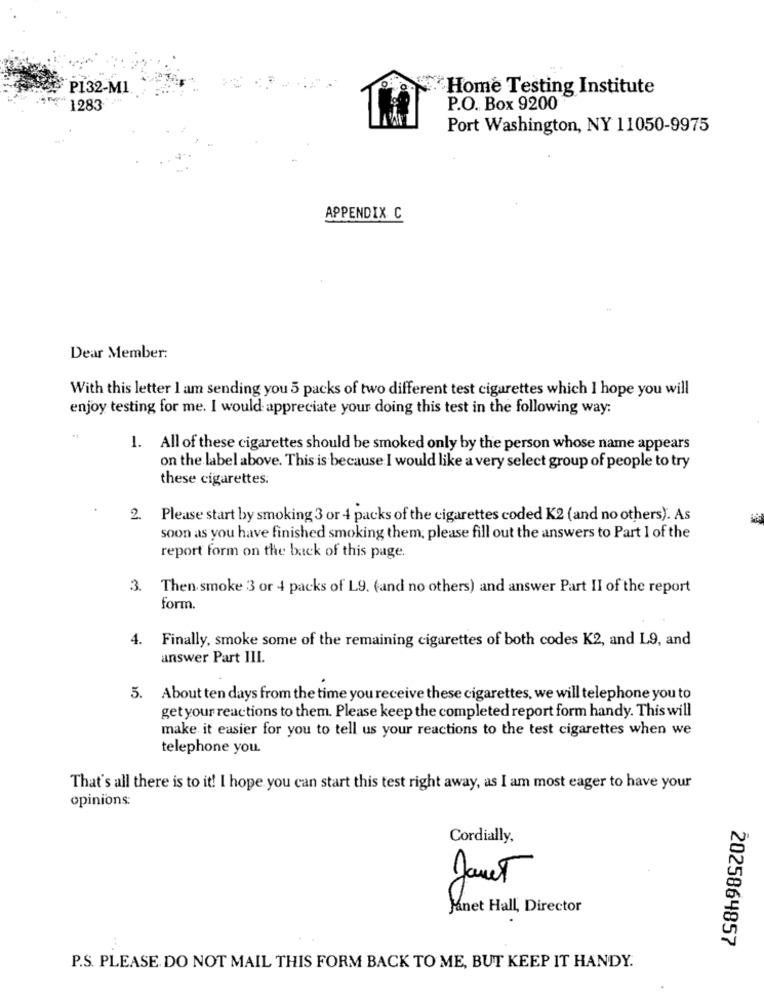
P132-M1
Home Testing Institute
1283
P.O. Box 9200
Port Washington, NY 11050-9975
APPENDIX C
Dear Member:
With this letter I am sending you 5 packs of two different test cigarettes which I hope you will
enjoy testing for me. I would appreciate your doing this test in the following way:
1. All of these cigarettes should be smoked only by the person whose name appears
on the label above. This is because I would like a very select group of people to try
these cigarettes.
2
Please start by smoking 3 or 4 packs of the cigarettes coded K2 (and no others). As
soon as you have finished smoking them, please fill out the answers to Part 1 of the
report form on the back of this page.
3. Then smoke 3 or 4 packs of L9. (and no others) and answer Part II of the report
form.
4.
Finally, smoke some of the remaining cigarettes of both codes K2, and L9, and
answer Part III.
5. About ten days from the time you receive these cigarettes, we will telephone you to
get your reactions to them. Please keep the completed report form handy. This will
make it easier for you to tell us your reactions to the test cigarettes when we
telephone you.
That's all there is to it! I hope you can start this test right away, as I am most eager to have your
opinions:
Cordially,
Janet
Janet Hall, Director
2025864857
P.S. PLEASE DO NOT MAIL THIS FORM BACK TO ME, BUT KEEP IT HANDY.